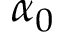
\alpha _ { 0 }